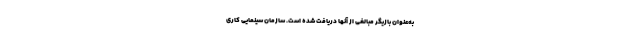
به‌عنوان بازیگر مبالغی از آنها دریافت شده است. سازمان سینمایی کاری